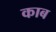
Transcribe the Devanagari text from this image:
काब